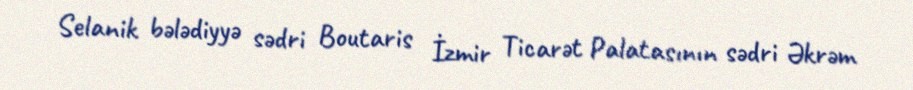
Selanik bələdiyyə sədri Boutaris İzmir Ticarət Palatasının sədri Əkrəm